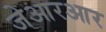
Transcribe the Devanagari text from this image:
जेआरआर